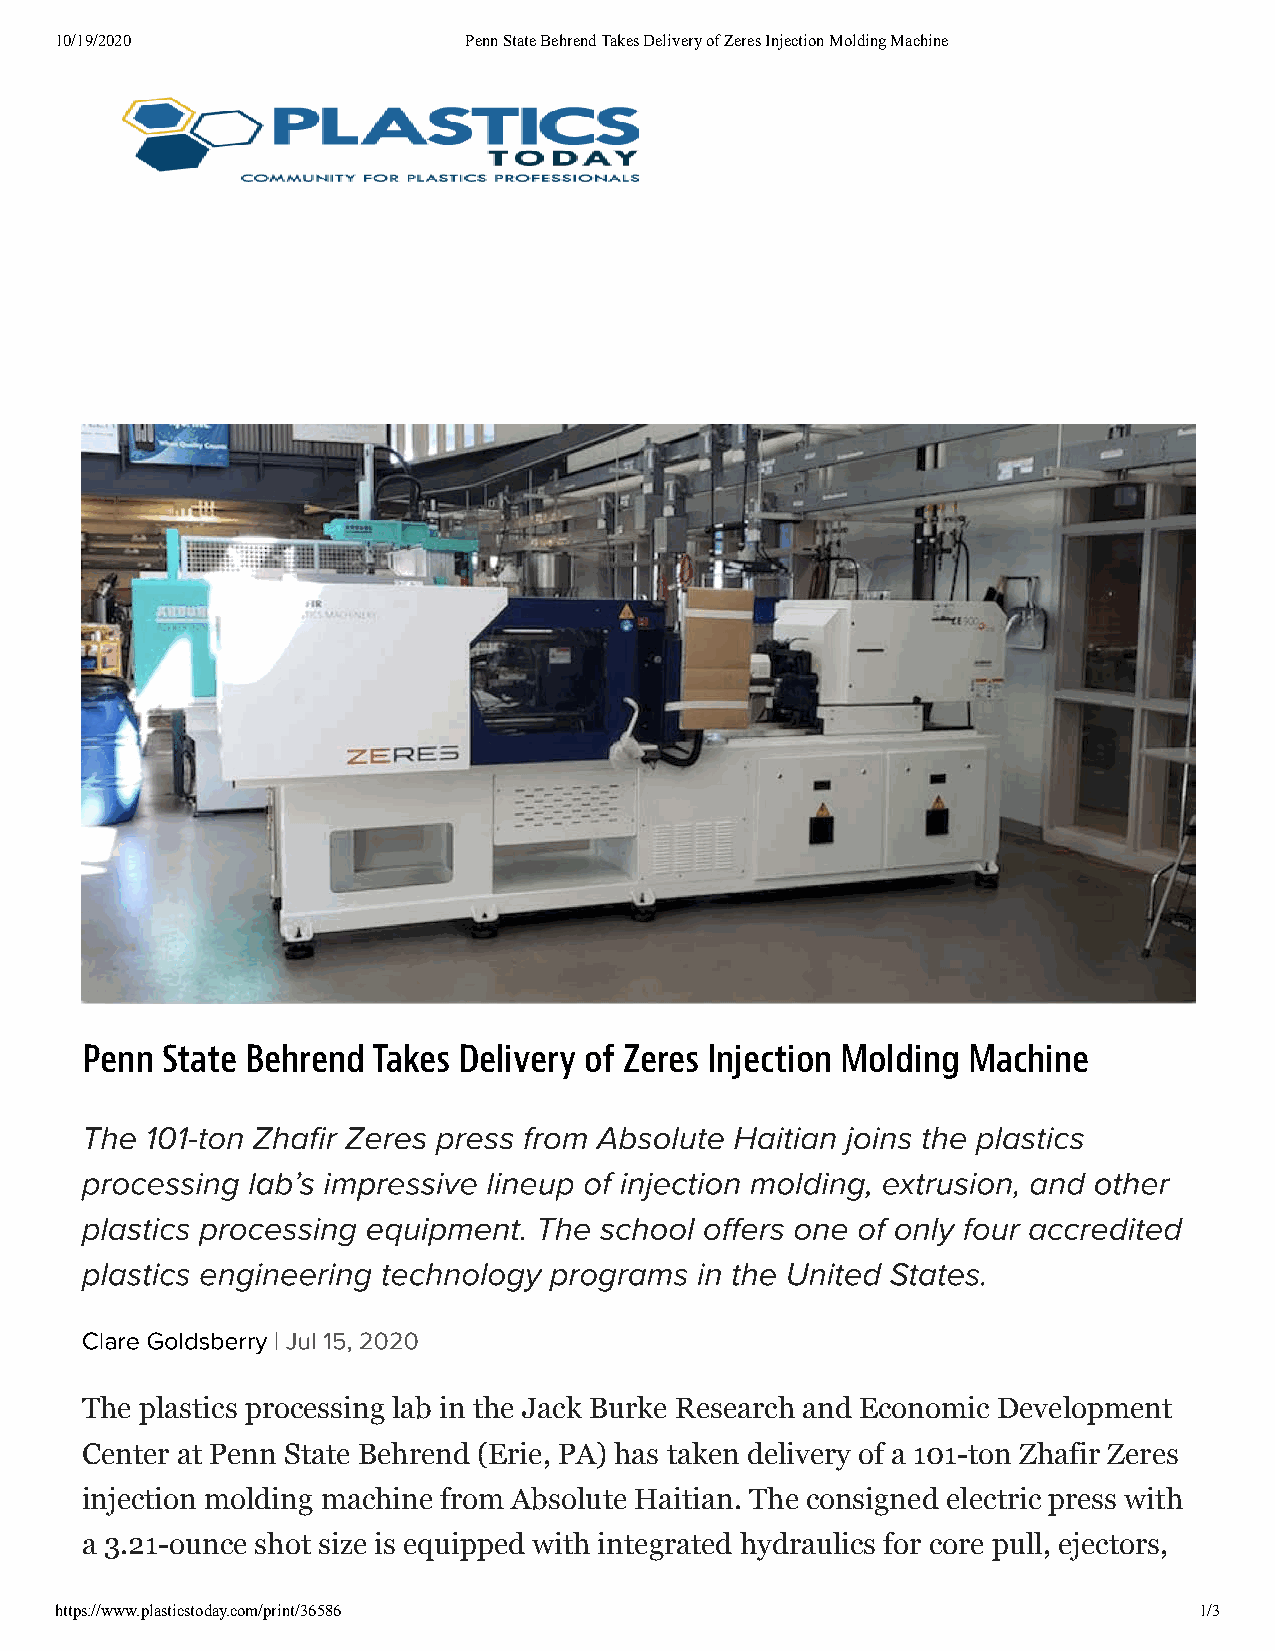
10/19/2020                 Penn State Behrend Takes Delivery of Zeres Injection Molding Machine
 Penn  State Behrend Takes Delivery of Zeres Injection Molding Machine
 The  101-ton Zhar Zeres press from Absolute Haitian joins the plastics
 processing lab’s impressive lineup of injection molding, extrusion, and other
 plastics processing equipment. The school oers one of only four accredited
 plastics engineering technology programs in the United States.
 Clare Goldsberry | Jul 15, 2020
 The plastics processing lab in the Jack Burke Research and Economic Development
 Center at Penn State Behrend (Erie, PA) has taken delivery of a 101-ton Zhafir Zeres
 injection molding machine from Absolute Haitian. The consigned electric press with
 a 3.21-ounce shot size is equipped with integrated hydraulics for core pull, ejectors,
 https://www.plasticstoday.com/print/36586                                  1/3